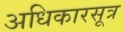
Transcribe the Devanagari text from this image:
अधिकारसूत्र